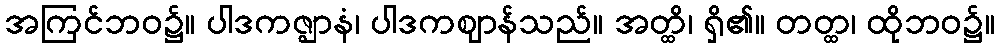
အကြင်ဘဝ၌။ ပါဒကဇ္ဈာနံ၊ ပါဒကဈာန်သည်။ အတ္ထိ၊ ရှိ၏။ တတ္ထ၊ ထိုဘဝ၌။